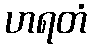
ဟရတံ